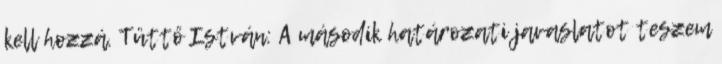
kell hozzá. Tüttő István: A második határozati javaslatot teszem